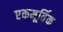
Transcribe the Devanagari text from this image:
एकमूर्तिक